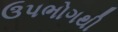
ઉપભોગથી